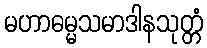
မဟာဓမ္မသမာဒါနသုတ္တံ